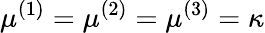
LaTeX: \mu^{(1)}=\mu^{(2)}=\mu^{(3)}=\kappa